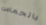
بالحماس